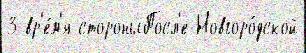
3 вр'е́м'я стороныПосл'е Новгоро́дской